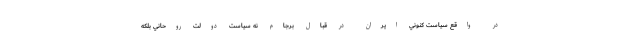
در واقع سياست كنوني ايران در قبال برجام نه سياست دولت روحاني بلكه